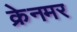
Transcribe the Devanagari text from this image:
क्रेनमर